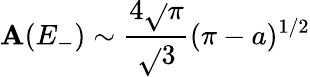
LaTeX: \mathbf{A}(E_{-})\sim\frac{{4\sqrt{}{{\pi}}}}{{\sqrt{}{{3}}}}(\pi-a)^{1/2}